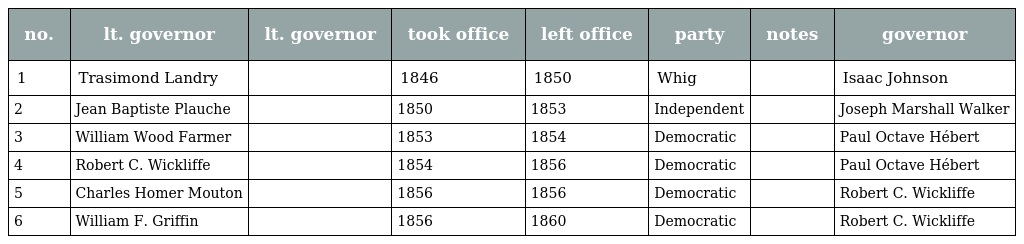
| no. | lt. governor | lt. governor | took office | left office | party | notes | governor |
 | --- | --- | --- | --- | --- | --- | --- | --- |
 | 1 | Trasimond Landry |  | 1846 | 1850 | Whig |  | Isaac Johnson |
 | 2 | Jean Baptiste Plauche |  | 1850 | 1853 | Independent |  | Joseph Marshall Walker |
 | 3 | William Wood Farmer |  | 1853 | 1854 | Democratic |  | Paul Octave Hébert |
 | 4 | Robert C. Wickliffe |  | 1854 | 1856 | Democratic |  | Paul Octave Hébert |
 | 5 | Charles Homer Mouton |  | 1856 | 1856 | Democratic |  | Robert C. Wickliffe |
 | 6 | William F. Griffin |  | 1856 | 1860 | Democratic |  | Robert C. Wickliffe |